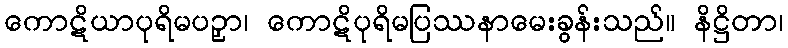
ကောဋိယာပုရိမပဉှာ၊ ကောဋိပုရိမပြဿနာမေးခွန်းသည်။ နိဋ္ဌိတာ၊